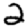
Digit: 2